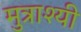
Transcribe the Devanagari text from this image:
मुत्राश्यी